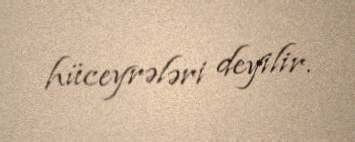
hüceyrələri deyilir.